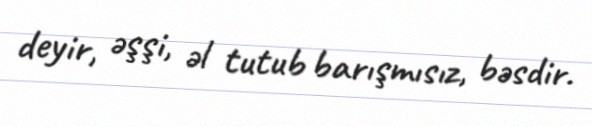
deyir, əşşi, əl tutub barışmısız, bəsdir.